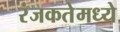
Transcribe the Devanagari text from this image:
रंजकतेमध्ये